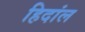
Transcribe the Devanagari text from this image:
हिदांल